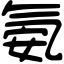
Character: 氨